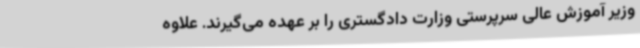
وزیر آموزش عالی سرپرستی وزارت دادگستری را بر عهده می‌گیرند. علاوه